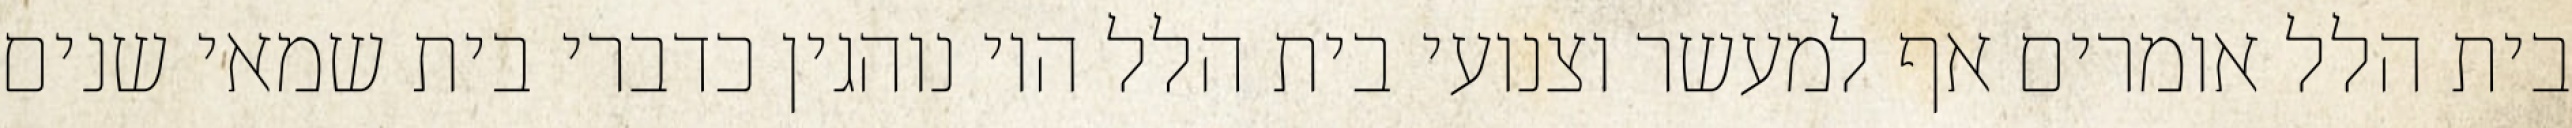
בית הלל אומרים אף למעשר וצנועי בית הלל היו נוהגין כדברי בית שמאי שנים